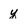
Character: y